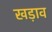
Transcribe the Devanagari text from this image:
खड़ाव